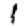
Digit: 1